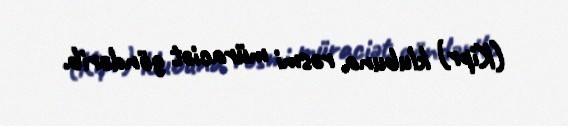
(Kipr) klubuna rəsmi müraciət göndərib.